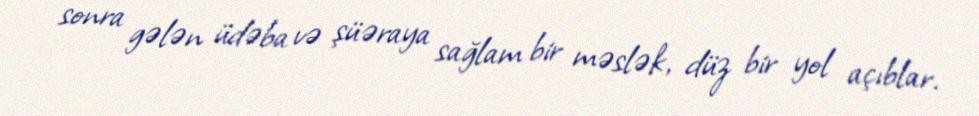
sonra gələn üdəba və şüəraya sağlam bir məslək, düz bir yol açıblar.